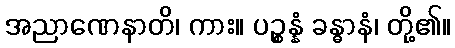
အညာဏေနာတိ၊ ကား။ ပဉ္စန္နံ ခန္ဓာနံ၊ တို့၏။